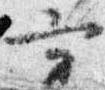
方